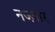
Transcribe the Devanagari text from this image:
नज्ज़ार